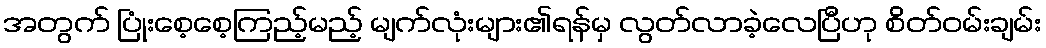
အတွက် ပြုံးစေ့စေ့ကြည့်မည့် မျက်လုံးများ၏ရန်မှ လွတ်လာခဲ့လေပြီဟု စိတ်ဝမ်းချမ်း